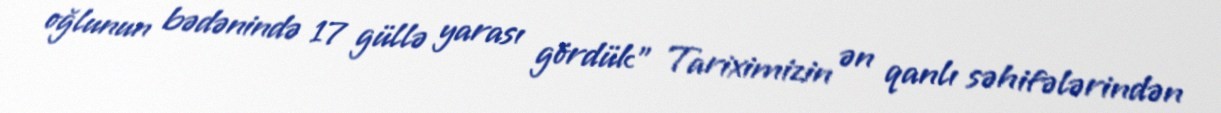
oğlunun bədənində 17 güllə yarası gördük” Tariximizin ən qanlı səhifələrindən